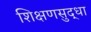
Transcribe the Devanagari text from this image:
शिक्षणसुद्धा